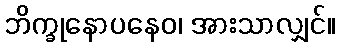
ဘိက္ခုနောပနေဝ၊ အားသာလျှင်။